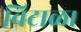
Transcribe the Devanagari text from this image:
विटाळ।